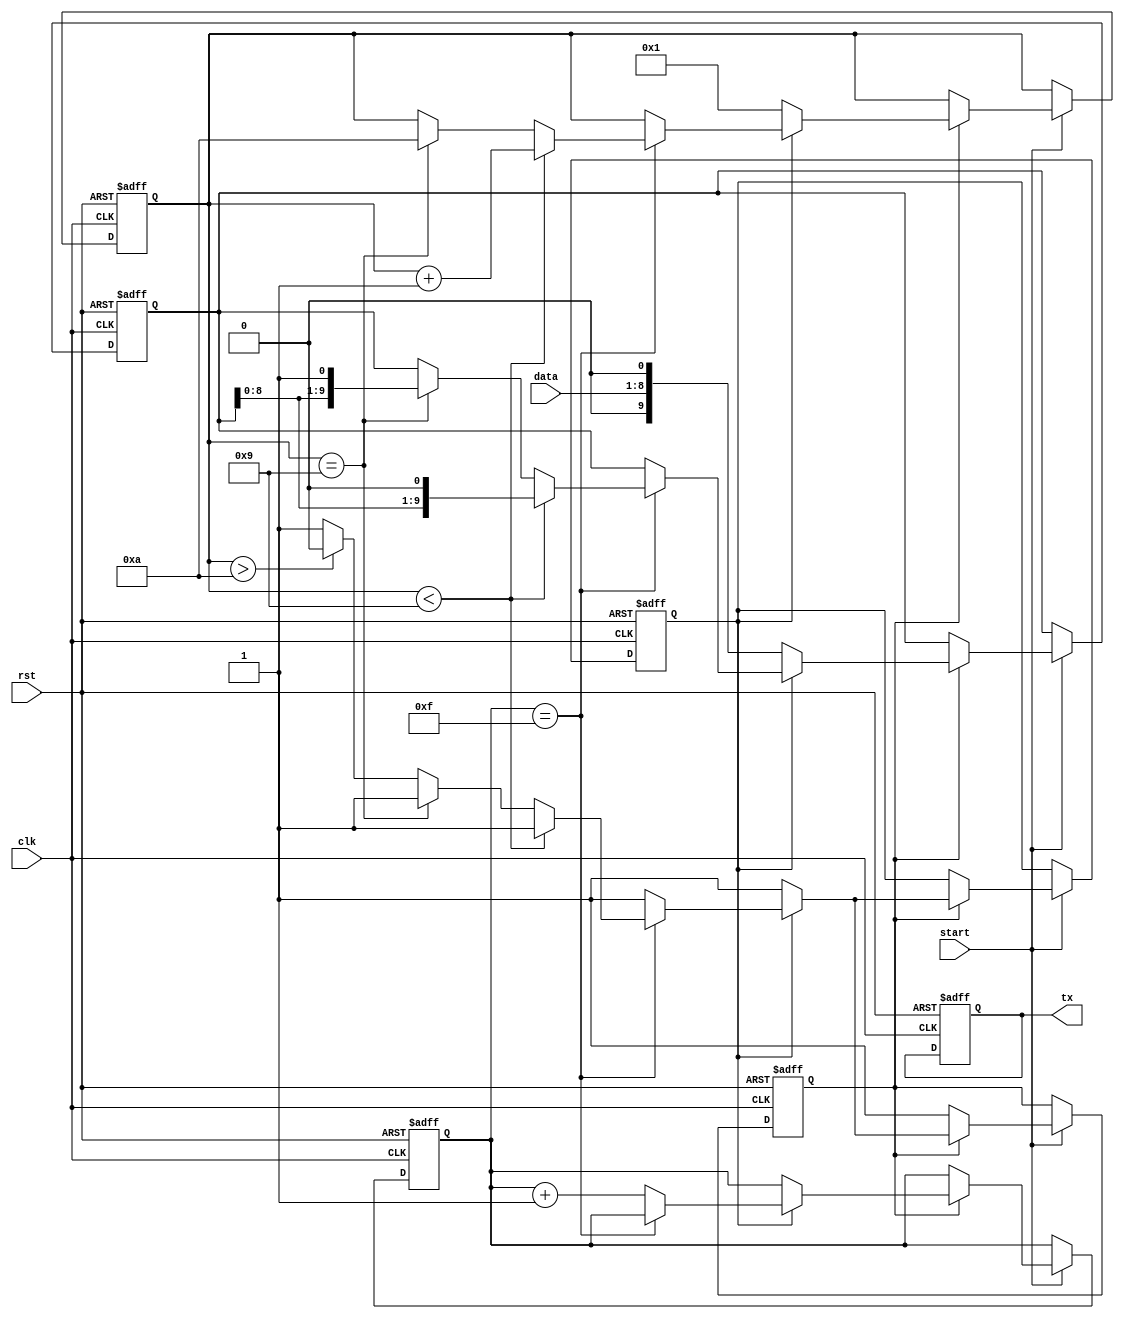
module uart_transmitter (
    input wire clk,
    input wire rst,
    input wire start,
    input wire [7:0] data,
    output reg tx
);

reg [9:0] shift_reg;
reg [3:0] baud_counter;
reg sending_data;
reg [3:0] data_counter;
reg start_bit_sent;
reg stop_bit_sent;
reg error;

always @(posedge clk or posedge rst) begin
    if (rst) begin
        shift_reg <= 10'b1111111111;
        baud_counter <= 4'b0000;
        sending_data <= 1'b0;
        data_counter <= 4'b0000;
        start_bit_sent <= 1'b0;
        stop_bit_sent <= 1'b0;
        error <= 1'b0;
        tx <= 1'b1;
    end else begin
        if (start) begin
            if (!sending_data) begin
                sending_data <= 1'b1;
            end else begin
                if (!start_bit_sent) begin
                    shift_reg <= {data, 1'b0};
                    data_counter <= 4'b0001;
                    start_bit_sent <= 1'b1;
                end else begin
                    if (baud_counter == 4'b1111) begin
                        if (data_counter < 4'b1001) begin
                            shift_reg <= {shift_reg[8:0], 1'b0};
                            data_counter <= data_counter + 1;
                        end else if (data_counter == 4'b1001) begin
                            shift_reg <= {shift_reg[8:0], 1'b1};
                            data_counter <= 4'b1010;
                            stop_bit_sent <= 1'b1;
                        end else if (data_counter > 4'b1010) begin
                            sending_data <= 1'b0;
                            start_bit_sent <= 1'b0;
                            stop_bit_sent <= 1'b0;
                        end
                    end else begin
                        baud_counter <= baud_counter + 1;
                    end
                end
            end
        end
    end
end

assign tx = shift_reg[0];

endmodule